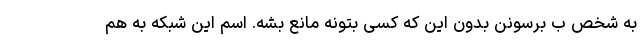
به شخص ب برسونن بدون این که کسی بتونه مانع بشه. اسم این شبکه به هم